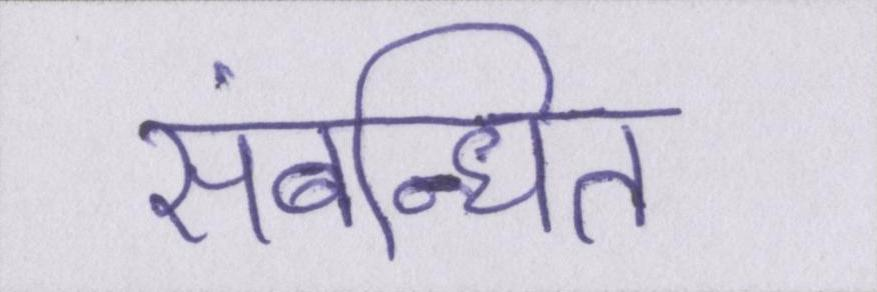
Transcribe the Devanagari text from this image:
संबन्धित